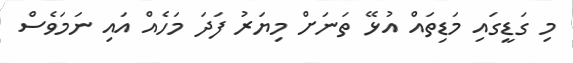
މި ގަޑީގައި މަޑިތައް އުޅޭ ތަނަށް މިޔަރު ފަދަ މަހެއް އައި ނަމަވެސް